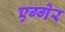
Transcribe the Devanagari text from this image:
एग्गेर